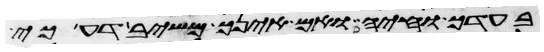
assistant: בעדך וחיה ואם אינך משיב דע כי